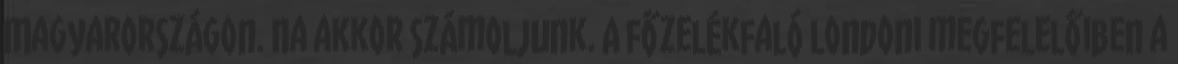
Magyarországon. Na akkor számoljunk. A főzelékfaló londoni megfelelőiben a